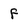
Character: f